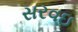
સરવઇ